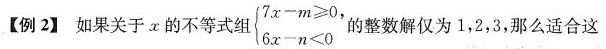
【例2】如果关于α的不等式组$$\begin{cases} 7 x - m \geqslant 0, \\\\